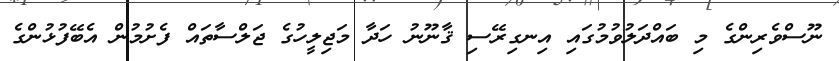
ނޫސްވެރިންގެ މި ބައްދަލުވުމުގައި އިނގިރޭސި ޤާނޫނު ހަދާ މަޖިލީހުގެ ޖަލްސާތައް ފެށުމުން އެބޭފުޅުންގެ